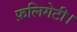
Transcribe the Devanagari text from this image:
फ़लिगेटी।